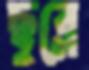
ছুব্‌লে